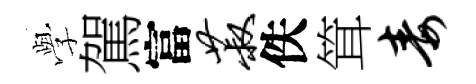
𫝯駕富菽佚䇯毒